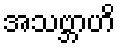
အသဗ္ဘာဟိ